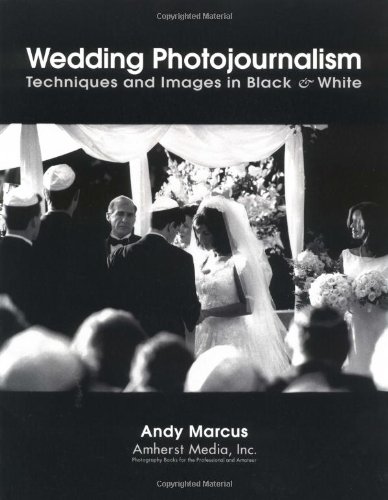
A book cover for Wedding Photojournalism: Techniques and Images in Black & White; Andy Marcus; Crafts, Hobbies & Home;